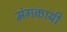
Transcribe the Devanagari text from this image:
मंगकायी